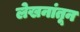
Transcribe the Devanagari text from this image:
लेखनांतून